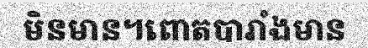
មិនមាន។ពោតបារាំងមាន